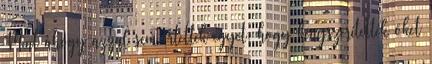
Mint ahogy azzal sem értettek egyet, hogy kényszerítették őket